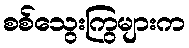
စစ်သွေးကြွများက